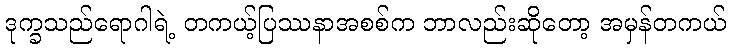
ဒုက္ခသည်ရောဂါရဲ့ တကယ့်ပြဿနာအစစ်က ဘာလည်းဆိုတော့ အမှန်တကယ်